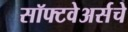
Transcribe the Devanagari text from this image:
सॉफ्टवेअर्सचे